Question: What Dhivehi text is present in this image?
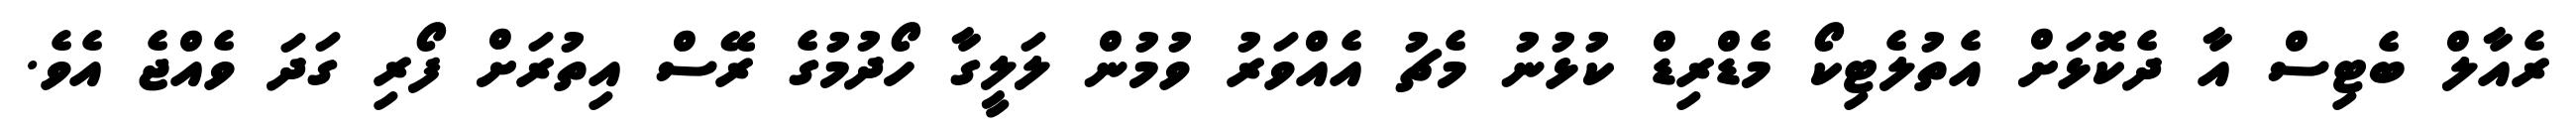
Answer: ރެއާލް ބެޓިސް އާ ދެކޮޅަށް އެތުލެޓިކޯ މެޑްރިޑް ކުޅުނު މެޗު އެއްވަރު ވުމުން ލަލީގާ ހޯދުމުގެ ރޭސް އިތުރަށް ފޯރި ގަދަ ވެއްޖެ އެވެ.